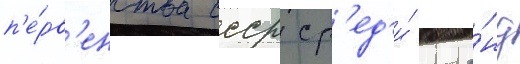
п'е́рв'енства ссср ср'ед'и́ кома́нд